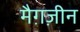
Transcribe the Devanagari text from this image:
मैग़ज़ीन